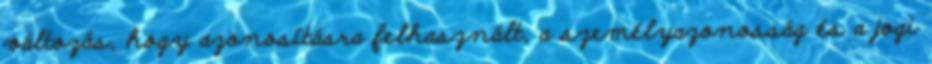
változás, hogy azonosításra felhasznált, a személyazonosság és a jogi